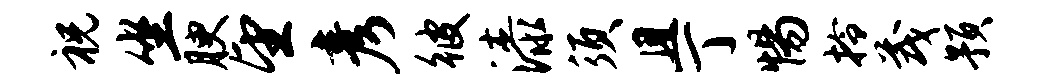
祝坐腴望彦彼漆须且丁惕拎茂预